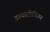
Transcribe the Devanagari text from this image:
डायस्टोपियन